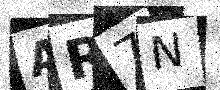
Text: AR7N